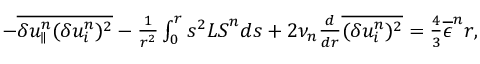
\begin{array} { r } { - \overline { { \delta u _ { \parallel } ^ { n } ( \delta u _ { i } ^ { n } ) ^ { 2 } } } - \frac { 1 } { r ^ { 2 } } \int _ { 0 } ^ { r } s ^ { 2 } { \cal L S } ^ { n } d s + 2 \nu _ { n } \frac { d } { d r } \overline { { ( \delta u _ { i } ^ { n } ) ^ { 2 } } } = \frac { 4 } { 3 } \overline { { \epsilon } } ^ { n } r , } \end{array}